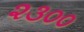
૨૩૦૦